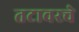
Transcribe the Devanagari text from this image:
तटावरचे